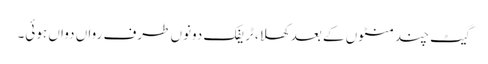
گیٹ چند منٹوں کے بعد کھلا، ٹریفک دونوں طرف رواں دواں ہوئی۔